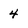
Character: 4